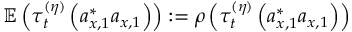
\mathbb { E } \left( \tau _ { t } ^ { ( \eta ) } \left( a _ { x , 1 } ^ { \ast } a _ { x , 1 } \right) \right) : = \rho \left( \tau _ { t } ^ { ( \eta ) } \left( a _ { x , 1 } ^ { \ast } a _ { x , 1 } \right) \right)